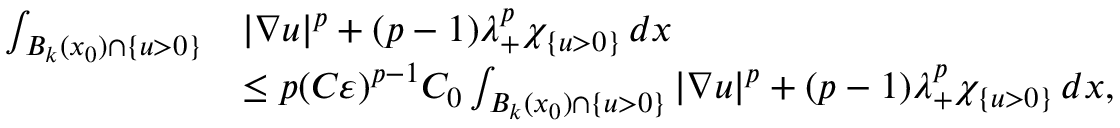
\begin{array} { r l } { \int _ { B _ { k } ( x _ { 0 } ) \cap \{ u > 0 \} } } & { | \nabla u | ^ { p } + ( p - 1 ) \lambda _ { + } ^ { p } \chi _ { \{ u > 0 \} } \, d x } \\ & { \leq p ( C \varepsilon ) ^ { p - 1 } C _ { 0 } \int _ { B _ { k } ( x _ { 0 } ) \cap \{ u > 0 \} } | \nabla u | ^ { p } + ( p - 1 ) \lambda _ { + } ^ { p } \chi _ { \{ u > 0 \} } \, d x , } \end{array}